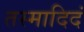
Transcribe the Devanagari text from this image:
तस्मादिदं